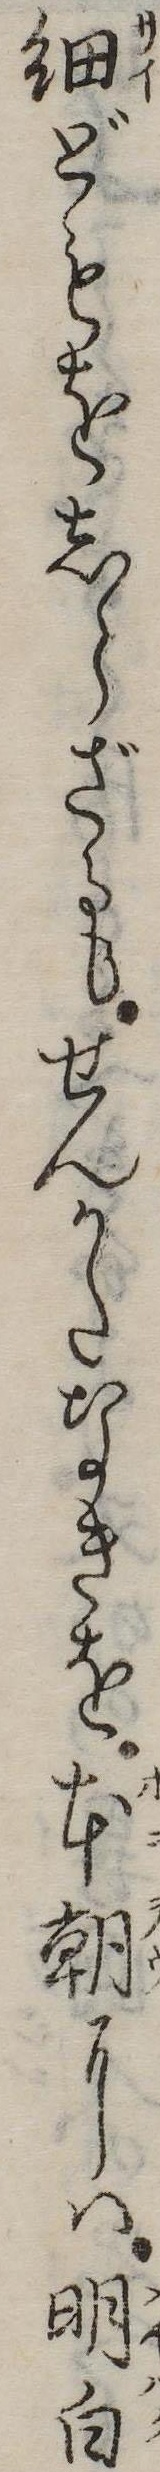
細どもをしらざるもせんかたなきを本朝には明白